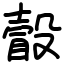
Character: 瞉